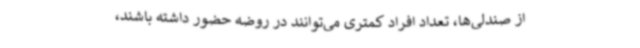
از صندلی‌ها، تعداد افراد کمتری می‌توانند در روضه حضور داشته باشند،